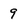
Character: 9